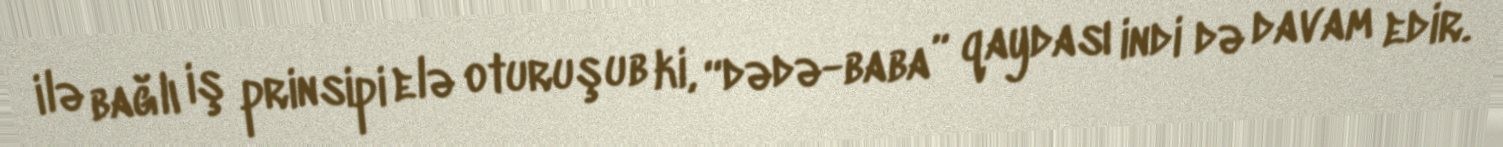
ilə bağlı iş prinsipi elə oturuşub ki, “dədə-baba” qaydası indi də davam edir.